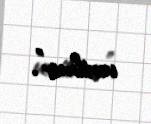
verilmir”.